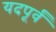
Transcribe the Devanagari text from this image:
यदपूर्वं